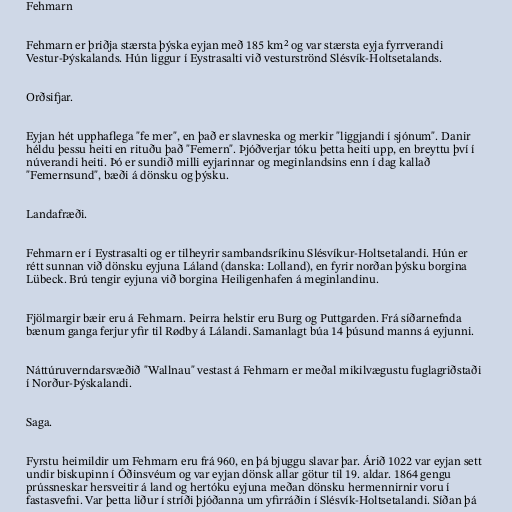
Fehmarn

Fehmarn er þriðja stærsta þýska eyjan með 185 km² og var stærsta eyja fyrrverandi
Vestur-Þýskalands. Hún liggur í Eystrasalti við vesturströnd Slésvík-Holtsetalands.

Orðsifjar.

Eyjan hét upphaflega "fe mer", en það er slavneska og merkir "liggjandi í sjónum". Danir
héldu þessu heiti en rituðu það "Femern". Þjóðverjar tóku þetta heiti upp, en breyttu því í
núverandi heiti. Þó er sundið milli eyjarinnar og meginlandsins enn í dag kallað
"Femernsund", bæði á dönsku og þýsku.

Landafræði.

Fehmarn er í Eystrasalti og er tilheyrir sambandsríkinu Slésvíkur-Holtsetalandi. Hún er
rétt sunnan við dönsku eyjuna Láland (danska: Lolland), en fyrir norðan þýsku borgina
Lübeck. Brú tengir eyjuna við borgina Heiligenhafen á meginlandinu.

Fjölmargir bæir eru á Fehmarn. Þeirra helstir eru Burg og Puttgarden. Frá síðarnefnda
bænum ganga ferjur yfir til Rødby á Lálandi. Samanlagt búa 14 þúsund manns á eyjunni.

Náttúruverndarsvæðið "Wallnau" vestast á Fehmarn er meðal mikilvægustu fuglagriðstaði
í Norður-Þýskalandi.

Saga.

Fyrstu heimildir um Fehmarn eru frá 960, en þá bjuggu slavar þar. Árið 1022 var eyjan sett
undir biskupinn í Óðinsvéum og var eyjan dönsk allar götur til 19. aldar. 1864 gengu
prússneskar hersveitir á land og hertóku eyjuna meðan dönsku hermennirnir voru í
fastasvefni. Var þetta liður í stríði þjóðanna um yfirráðin í Slésvík-Holtsetalandi. Síðan þá